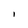
Character: l